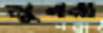
মুননা